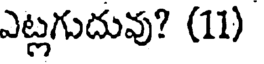
ఎట్లగుదువు? (11)